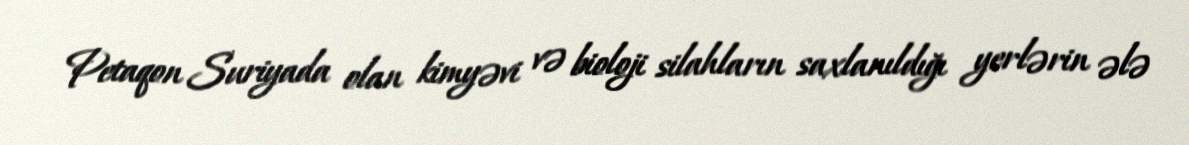
Petaqon Suriyada olan kimyəvi və bioloji silahların saxlanıldığı yerlərin ələ